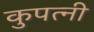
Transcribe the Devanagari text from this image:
कुपत्नी